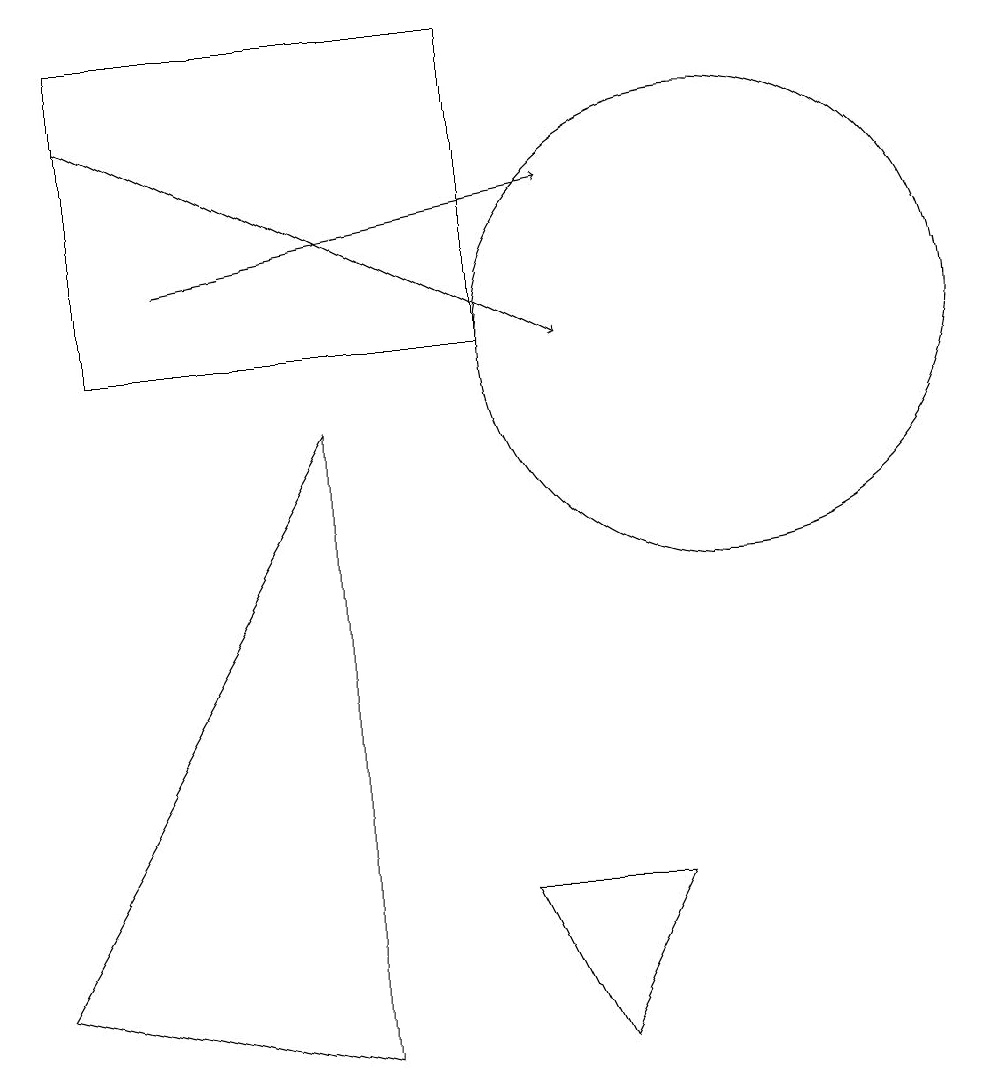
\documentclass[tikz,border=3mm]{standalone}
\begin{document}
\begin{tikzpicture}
\draw[->] (2,13) -- (8,10);
\draw (10,10) circle (3);
\draw (5,9) -- (1,2) -- (5,1) -- cycle;
\draw[->] (3,11) -- (8,12);
\draw (2,10) rectangle (7,14);
\draw (7,3) -- (8,1) -- (9,3) -- cycle;
\draw (11,12) circle (0);
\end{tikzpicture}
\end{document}